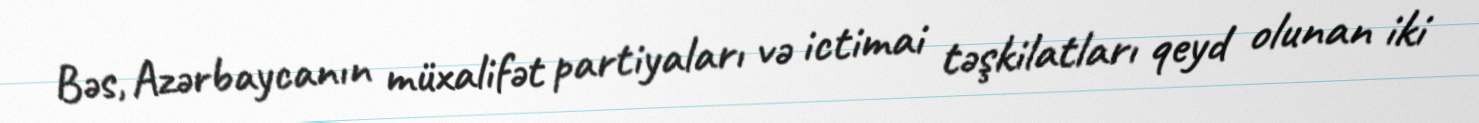
Bəs, Azərbaycanın müxalifət partiyaları və ictimai təşkilatları qeyd olunan iki